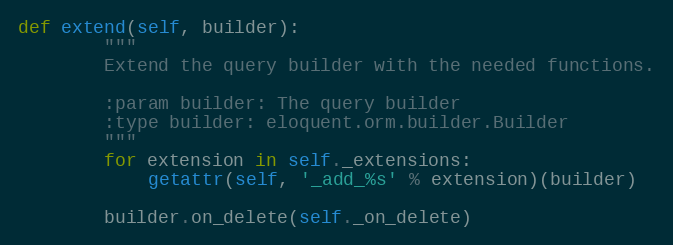
Language: Python
def extend(self, builder):
        """
        Extend the query builder with the needed functions.

        :param builder: The query builder
        :type builder: eloquent.orm.builder.Builder
        """
        for extension in self._extensions:
            getattr(self, '_add_%s' % extension)(builder)

        builder.on_delete(self._on_delete)